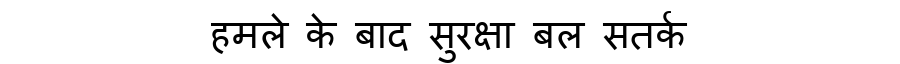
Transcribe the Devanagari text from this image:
हमले के बाद सुरक्षा बल सतर्क